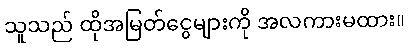
သူသည် ထိုအမြတ်ငွေများကို အလကားမထား။